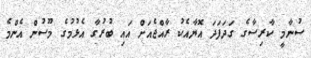
ސުނާމީ ކާރިސާގެ ގަދަފަދަ އޮޔާއެކު ރާއްޖެއަށް އައި ބުރުގާ އެޅުމުގެ މޫސުން އެންމެ